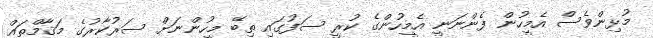
މުޅިންވެސް އެމީހުން ފެންނަނީ އެމީހުންގެ ކުރީ ސަފުގައި ތިބޭ މީހުންނަށް ސަރުކާރުގެ މަޤާމްތައް